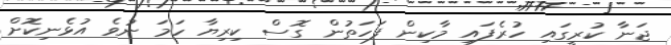
ޖަނާ ކުރީގައި ހުރެފައި މާކިން ފަހަތުން ގޮސް ކިރިޔާ ހަމަ ނުވެ އުޅެނިކޮށް